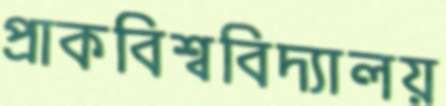
প্রাকবিশ্ববিদ্যালয়